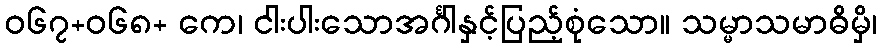
ဝ၆၇+၀၆၈+ ကေ၊ ငါးပါးသောအင်္ဂါနှင့်ပြည့်စုံသော။ သမ္မာသမာဓိမှိ၊